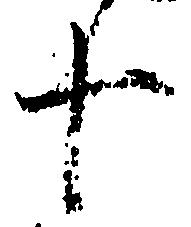
十